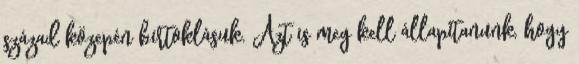
század közepén birtoklásuk. Azt is meg kell állapítanunk, hogy